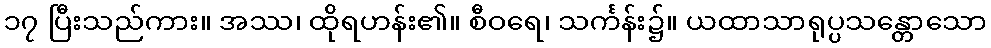
၁၇ ပြီးသည်ကား။ အဿ၊ ထိုရဟန်း၏။ စီဝရေ၊ သင်္ကန်း၌။ ယထာသာရုပ္ပသန္တောသော